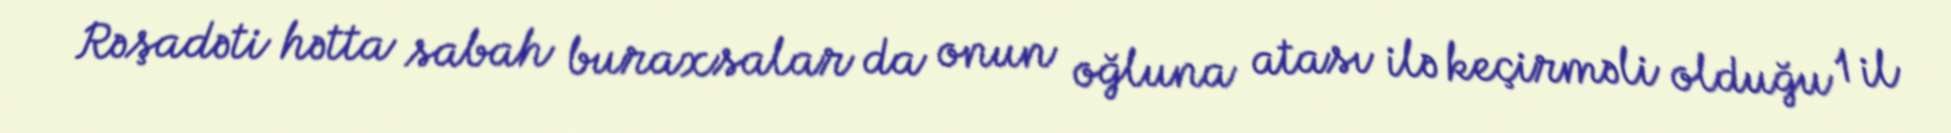
Rəşadəti hətta sabah buraxsalar da onun oğluna atası ilə keçirməli olduğu 1 il